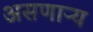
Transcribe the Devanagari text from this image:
असणाऱ्य